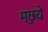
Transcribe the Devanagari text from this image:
मछुये